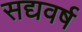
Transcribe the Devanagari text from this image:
सद्यवर्ष